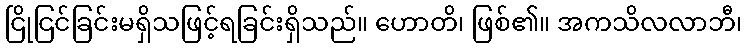
ငြိုငြင်ခြင်းမရှိသဖြင့်ရခြင်းရှိသည်။ ဟောတိ၊ ဖြစ်၏။ အကသိလလာဘီ၊